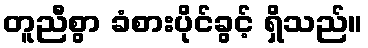
တူညီစွာ ခံစားပိုင်ခွင့် ရှိသည်။